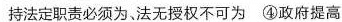
持法定职责必须为、法无授权不可为④政府提高